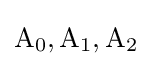
\operatorname {A} _{0},\operatorname {A} _{1},\operatorname {A} _{2}